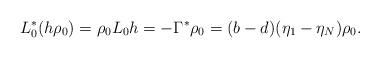
LaTeX: \begin{align*}L_0^*(h\rho_0)=\rho_0L_0h=-\Gamma^*\rho_0=(b-d)(\eta_1-\eta_N)\rho_0.\end{align*}